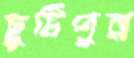
ছুটিপুর